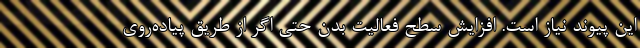
این پیوند نیاز است. افزایش سطح فعالیت بدن حتی اگر از طریق پیاده‌روی